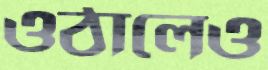
ওঠালেও